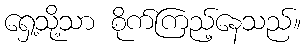
ရှေ့သို့သာ စိုက်ကြည့်နေသည်။